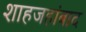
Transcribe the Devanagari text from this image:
शाहजहांबाद